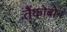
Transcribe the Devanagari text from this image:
तैंकोबोन